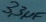
Text: 3,3µF